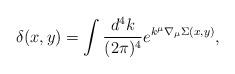
LaTeX: \begin{align*}\delta (x,y) = \int \frac{d^4k}{(2\pi )^4} e^{k^{\mu}{\nabla}_{\mu}{\Sigma}(x,y)},\end{align*}